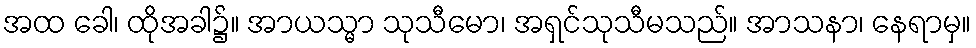
အထ ခေါ၊ ထိုအခါ၌။ အာယသ္မာ သုသီမော၊ အရှင်သုသီမသည်။ အာသနာ၊ နေရာမှ။